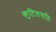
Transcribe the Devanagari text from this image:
कुटिलमतिः